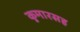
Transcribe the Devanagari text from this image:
कुमारसह